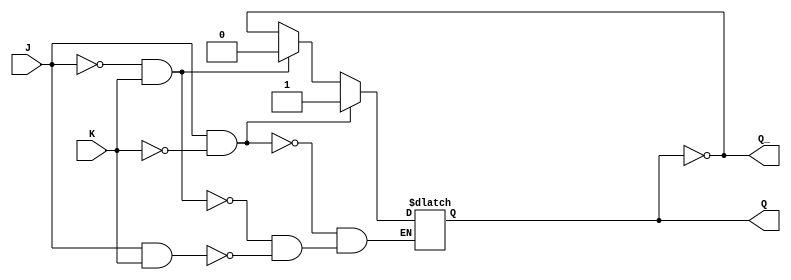
module jk_latch (
    input wire J,
    input wire K,
    output reg Q,
    output reg Q_
);

always @ (J or K) begin
    if (J & !K)
        Q <= 1;
    else if (!J & K)
        Q <= 0;
    else if (J & K)
        Q <= ~Q;
end

assign Q_ = ~Q;

endmodule